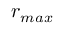
r _ { m a x }